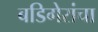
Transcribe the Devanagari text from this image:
बडिगेरांचा